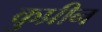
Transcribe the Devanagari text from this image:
कुप्रीन